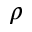
\rho